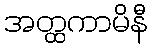
အတ္ထကာမိနီ